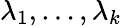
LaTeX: \lambda_{1},\ldots,\lambda_{k}